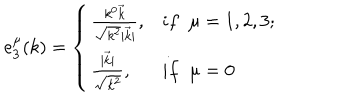
e _ { 3 } ^ { \mu } ( k ) = \left\{ \begin{array} { l l } { { \frac { k ^ { 0 } \vec { k } } { \sqrt { k ^ { 2 } } | \vec { k } | } , } } & { { i f \; \; \mu = 1 , 2 , 3 ; } } \\ { { \frac { | \vec { k } | } { \sqrt { k ^ { 2 } } } , } } & { { i f \; \; \mu = 0 } } \\ \end{array} \right.